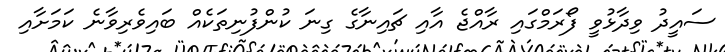
ސައީދު ވިދާޅުވީ ފޯރަމްގައި ރާއްޖެ އާއި ޗައިނާގެ ގިނަ ކުންފުނިތަކެއް ބައިވެރިވާނެ ކަމަށާއި